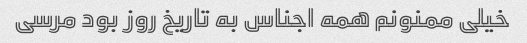
خیلی ممنونم همه اجناس به تاریخ روز بود مرسی